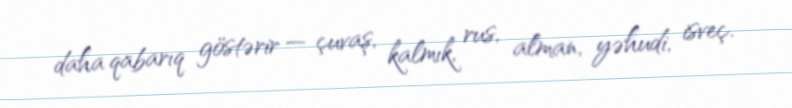
daha qabarıq göstərir — çuvaş, kalmık, rus, alman, yəhudi, isveç.